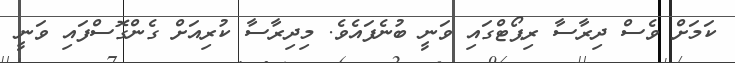
ކަމަށް ވެސް ދިރާސާ ރިޕޯޓްގައި ވަނީ ބުނެފައެވެ. މިދިރާސާ ކުރިއަށް ގެންގޮސްފައި ވަނީ